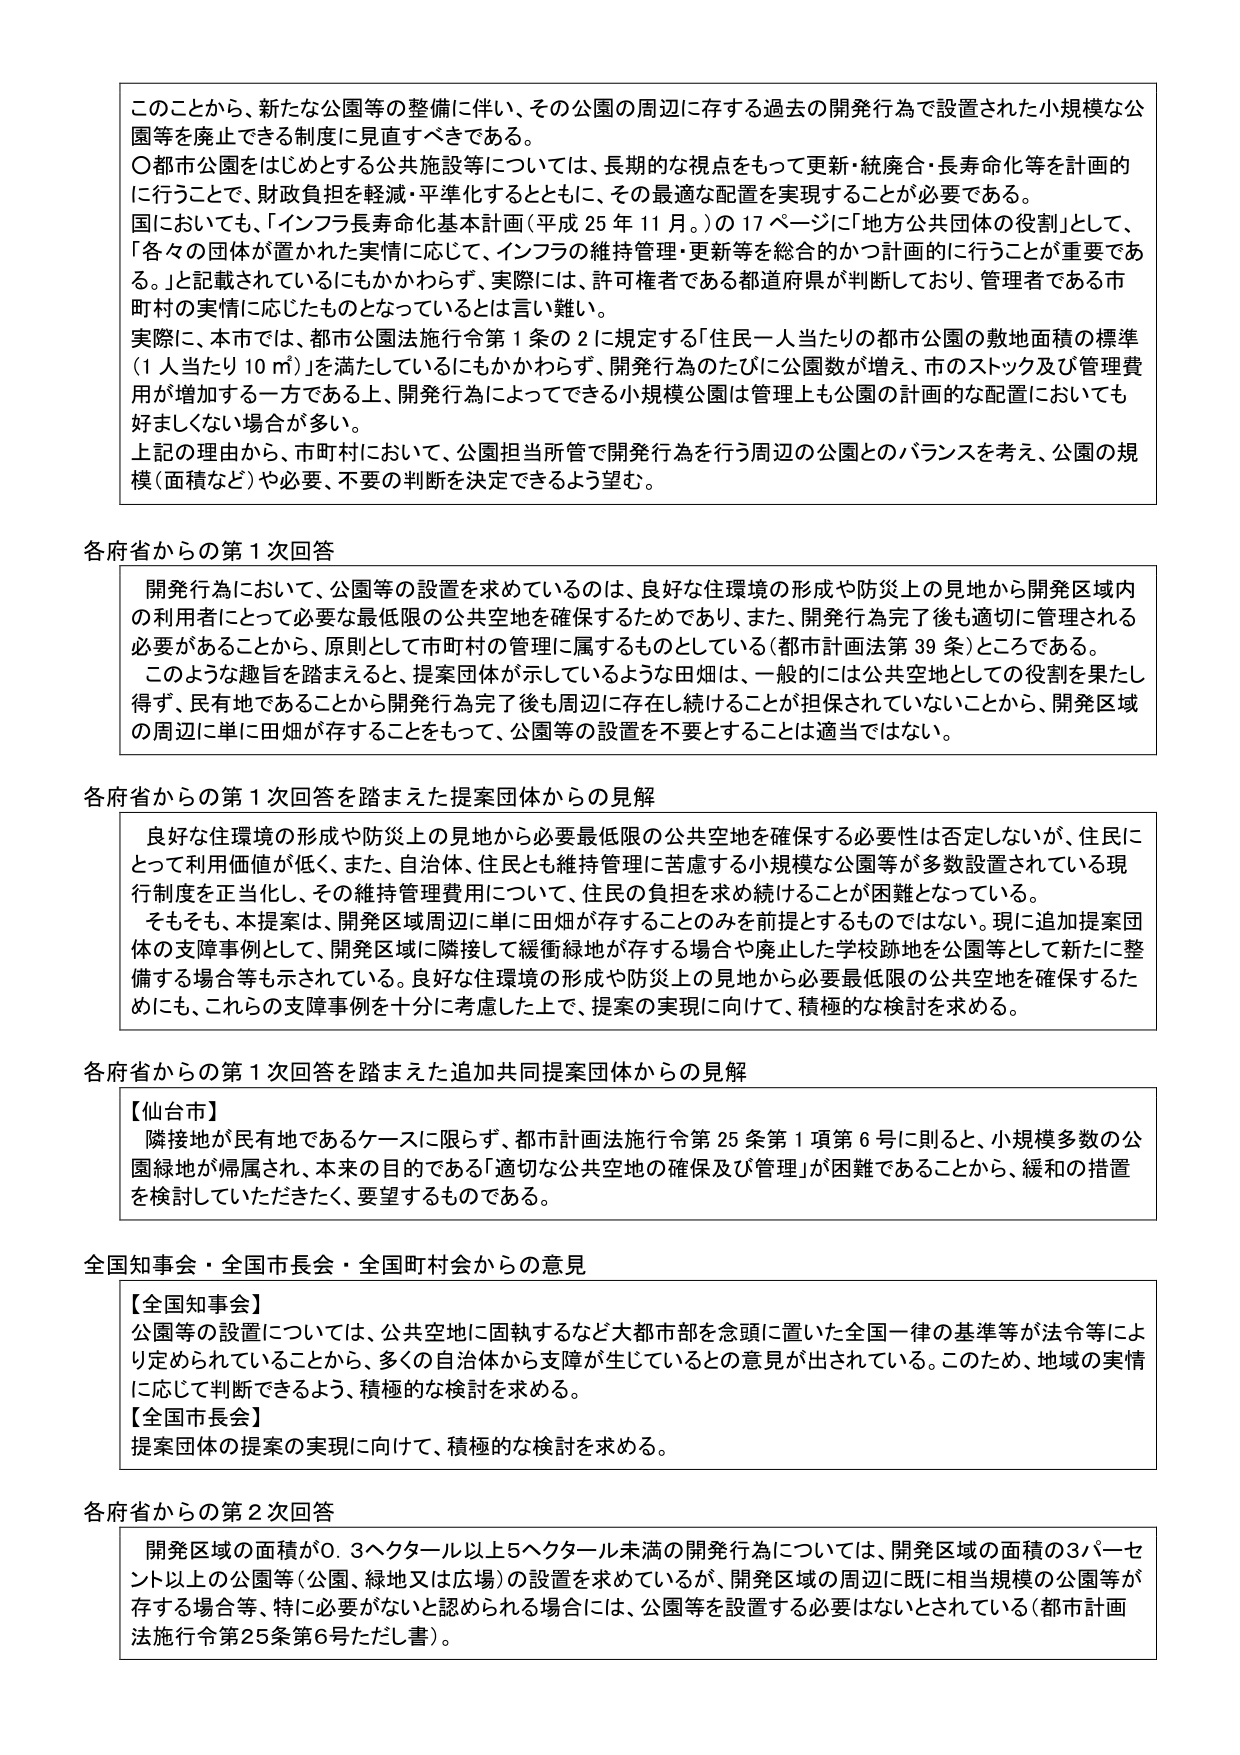
このことから、新たな公園等の整備に伴い、その公園の周辺に存する過去の開発行為で設置された小規模な公園等を廃止できる制度に見直すべきである。

〇都市公園をはじめとする公共施設等については、長期的な視点をもって更新・統廃合・長寿命化等を計画的に行うことで、財政負担を軽減・平準化するとともに、その最適な配置を実現することが必要である。

国においても、「インフラ長寿命化基本計画（平成25年11月。）」の17ページに「地方公共団体の役割」として、「各々の団体が置かれた実情に応じて、インフラの維持管理・更新等を総合的かつ計画的に行うことが重要である。」と記載されているにもかかわらず、実際には、許可権者である都道府県が判断しており、管理者である市町村の実情に応じたものとなっているとは言い難い。

実際に、本市では、都市公園法施行令第1条の2に規定する「住民一人当たりの都市公園の敷地面積の標準（1人当たり10㎡）」を満たしているにもかかわらず、開発行為のたびに公園数が増え、市のストック及び管理費用が増加する一方である上、開発行為によってできる小規模公園は管理上も公園の計画的な配置においても好ましくない場合が多い。

上記の理由から、市町村において、公園担当所管で開発行為を行う周辺の公園とのバランスを考え、公園の規模（面積など）や必要、不要の判断を決定できるよう望む。

各府省からの第1次回答

開発行為において、公園等の設置を求めているのは、良好な住環境の形成や防災上の見地から開発区域内の利用者にとって必要な最低限の公共空地を確保するためであり、また、開発行為完了後も適切に管理される必要があることから、原則として市町村の管理に属するものとしている（都市計画法第39条）ところである。

このような趣旨を踏まえると、提案団体が示しているような田畑は、一般的には公共空地としての役割を果たし得ず、民有地であることから開発行為完了後も周辺に存在し続けることが担保されていないことから、開発区域の周辺に単に田畑が存することをもって、公園等の設置を不要とすることは適当ではない。

各府省からの第1次回答を踏まえた提案団体からの見解

良好な住環境の形成や防災上の見地から必要最低限の公共空地を確保する必要性は否定しないが、住民にとって利用価値が低く、また、自治体、住民とも維持管理に苦慮する小規模な公園等が多数設置されている現行制度を正当化し、その維持管理費用について、住民の負担を求め続けることが困難となっている。

そもそも、本提案は、開発区域周辺に単に田畑が存することのみを前提とするものではない。現に追加提案団体の支援事例として、開発区域に隣接して緩衝緑地が存する場合や廃止した学校跡地を公園等として新たに整備する場合等も示されている。良好な住環境の形成や防災上の見地から必要最低限の公共空地を確保するためにも、これらの支援事例を十分に考慮した上で、提案の実現に向けて、積極的な検討を求める。

各府省からの第1次回答を踏まえた追加共同提案団体からの見解

【仙台市】
隣接地が民有地であるケースに限らず、都市計画法施行令第25条第1項第6号に則ると、小規模多数の公園緑地が帰属され、本来の目的である「適切な公共空地の確保及び管理」が困難であることから、緩和の措置を検討していただきたい、要望するものである。

全国知事会・全国市長会・全国町村会からの意見

【全国知事会】
公園等の設置については、公共空地に固執するなど大都市部を念頭に置いた全国一律の基準等が法令等により定められていることから、多くの自治体から支援が生じているとの意見が出されている。このため、地域の実情に応じて判断できるよう、積極的な検討を求める。

【全国市長会】
提案団体の提案の実現に向けて、積極的な検討を求める。

各府省からの第2次回答

開発区域の面積が0.3ヘクタール以上5ヘクタール未満の開発行為については、開発区域の面積の3パーセント以上の公園等（公園、緑地又は広場）の設置を求めているが、開発区域の周辺に既に相当規模の公園等が存する場合等、特に必要がないと認められる場合には、公園等を設置する必要はないとされている（都市計画法施行令第25条第6号ただし書）。